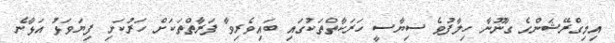
އިމިގްރޭޝަންގެ ގާނޫނާ ހިލާފުވެ ސިޔާސީ ހަރަކާތްތަކުގައި ބައިވެރިވާ ފަރާތްތަކަށް ހަރުކަށި ފިޔަވަޅު އަޅާނެ